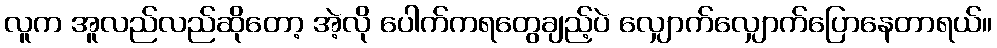
လူက အူလည်လည်ဆိုတော့ အဲ့လို ပေါက်ကရတွေချည့်ပဲ လျှောက်လျှောက်ပြောနေတာရယ်။